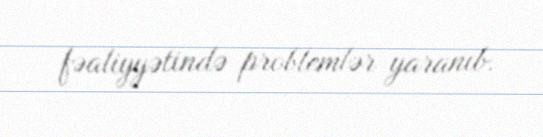
fəaliyyətində problemlər yaranıb.